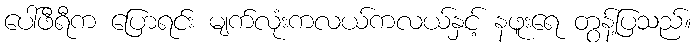
ပေါ်ဖီရီက ပြောရင်း မျက်လုံးကလယ်ကလယ်နှင့် နဖူးရေ တွန့်ပြသည်။